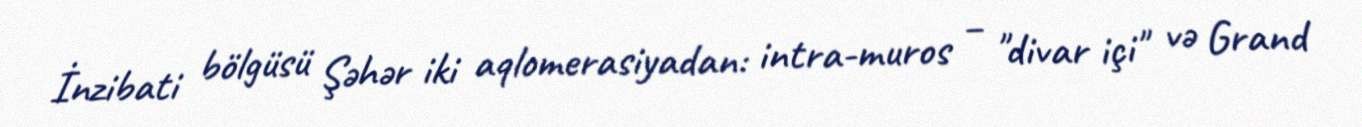
İnzibati bölgüsü Şəhər iki aqlomerasiyadan: intra-muros – "divar içi" və Grand